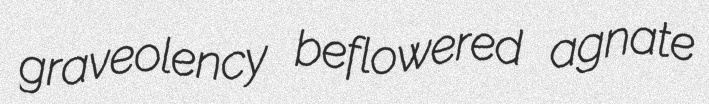
graveolency beflowered agnate